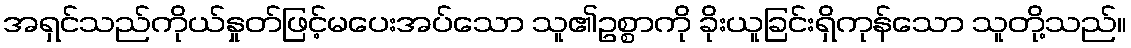
အရှင်သည်ကိုယ်နှုတ်ဖြင့်မပေးအပ်သော သူ၏ဥစ္စာကို ခိုးယူခြင်းရှိကုန်သော သူတို့သည်။